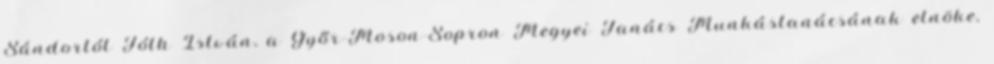
Sándortól Tóth István, a Győr-Moson-Sopron Megyei Tanács Munkástanácsának elnöke,